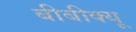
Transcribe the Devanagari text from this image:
बीबीक्यू